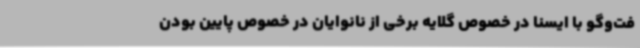
فت‌وگو با ایسنا در خصوص گلایه برخی از نانوایان در خصوص پایین بودن